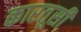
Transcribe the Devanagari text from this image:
कारतूसी